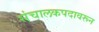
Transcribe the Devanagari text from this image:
संचालकपदावरून